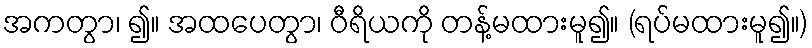
အကတွာ၊ ၍။ အထပေတွာ၊ ဝီရိယကို တန့်မထားမူ၍။ (ရပ်မထားမူ၍။)